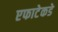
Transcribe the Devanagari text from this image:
एफाटेकडे